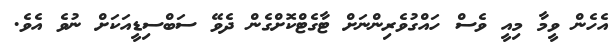
އެހެން ވީމާ މިއީ ވެސް ހައްގުވެރިންނަށް ޓާގެޓްކޮށްގެން ދެވޭ ސަބްސިޑީއަކަށް ނުވެ އެވެ.